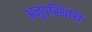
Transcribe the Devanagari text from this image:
अनुपस्थिथि